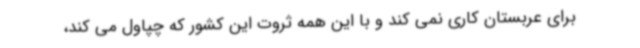
برای عربستان کاری نمی کند و با این همه ثروت این کشور که چپاول می کند،